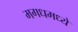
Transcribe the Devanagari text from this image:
मगधमध्ये